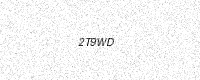
Text: 2T9WD